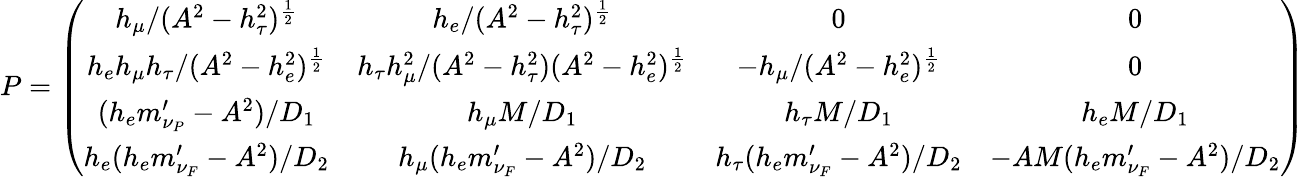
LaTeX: P=\left(\begin{array}{cccc}{{h_{\mu}/(A^{2}-h_{\tau}^{2})^{\frac{1}{2}}}}&{{h_{e}/(A^{2}-h_{\tau}^{2})^{\frac{1}{2}}}}&{{0}}&{{0}}\\ {{h_{e}h_{\mu}h_{\tau}/(A^{2}-h_{e}^{2})^{\frac{1}{2}}}}&{{h_{\tau}h_{\mu}^{2}/(A^{2}-h_{\tau}^{2})(A^{2}-h_{e}^{2})^{\frac{1}{2}}}}&{{-h_{\mu}/(A^{2}-h_{e}^{2})^{\frac{1}{2}}}}&{{0}}\\ {{(h_{e}m_{\nu_{P}}^{\prime}-A^{2})/D_{1}}}&{{h_{\mu}M/D_{1}}}&{{h_{\tau}M/D_{1}}}&{{h_{e}M/D_{1}}}\\ {{h_{e}(h_{e}m_{\nu_{F}}^{\prime}-A^{2})/D_{2}}}&{{h_{\mu}(h_{e}m_{\nu_{F}}^{\prime}-A^{2})/D_{2}}}&{{h_{\tau}(h_{e}m_{\nu_{F}}^{\prime}-A^{2})/D_{2}}}&{{-AM(h_{e}m_{\nu_{F}}^{\prime}-A^{2})/D_{2}}}\end{array}\right)